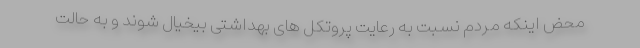
محض اینکه مردم نسبت به رعایت پروتکل های بهداشتی بیخیال شوند و به حالت